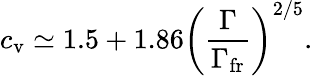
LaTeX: c_{\mathrm{v}}\simeq 1.5+1.86\left(\frac{\Gamma}{\Gamma_{\mathrm{fr}}}\right)^{2/5}.